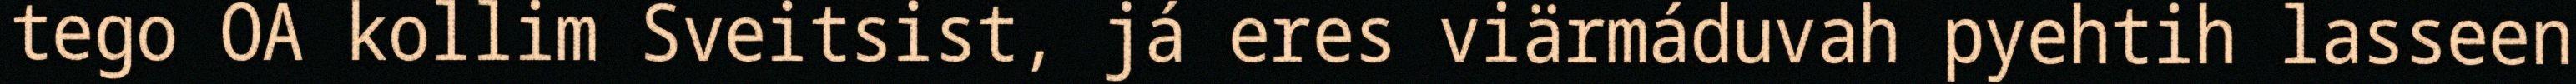
tego OA kollim Sveitsist, já eres viärmáduvah pyehtih lasseen